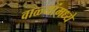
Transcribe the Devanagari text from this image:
वाळ्यांमध्ये